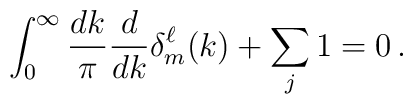
\int_{0}^{\infty} \frac{dk}{\pi} \frac{d}{dk}        \delta^\ell_m(k) + \sum_j 1 = 0 \,.